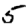
Digit: 5